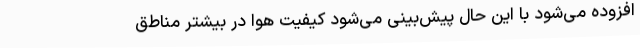
افزوده می‌شود با این حال پیش‌بینی می‌شود کیفیت هوا در بیشتر مناطق